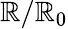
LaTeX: \mathbb{R}/\mathbb{R}_{0}